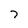
Character: 7